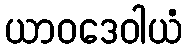
ယာဝဒေဝါယံ